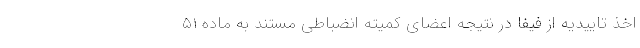
اخذ تاییدیه از فیفا در نتیجه اعضای کمیته انضباطی مستند به ماده ۵۱